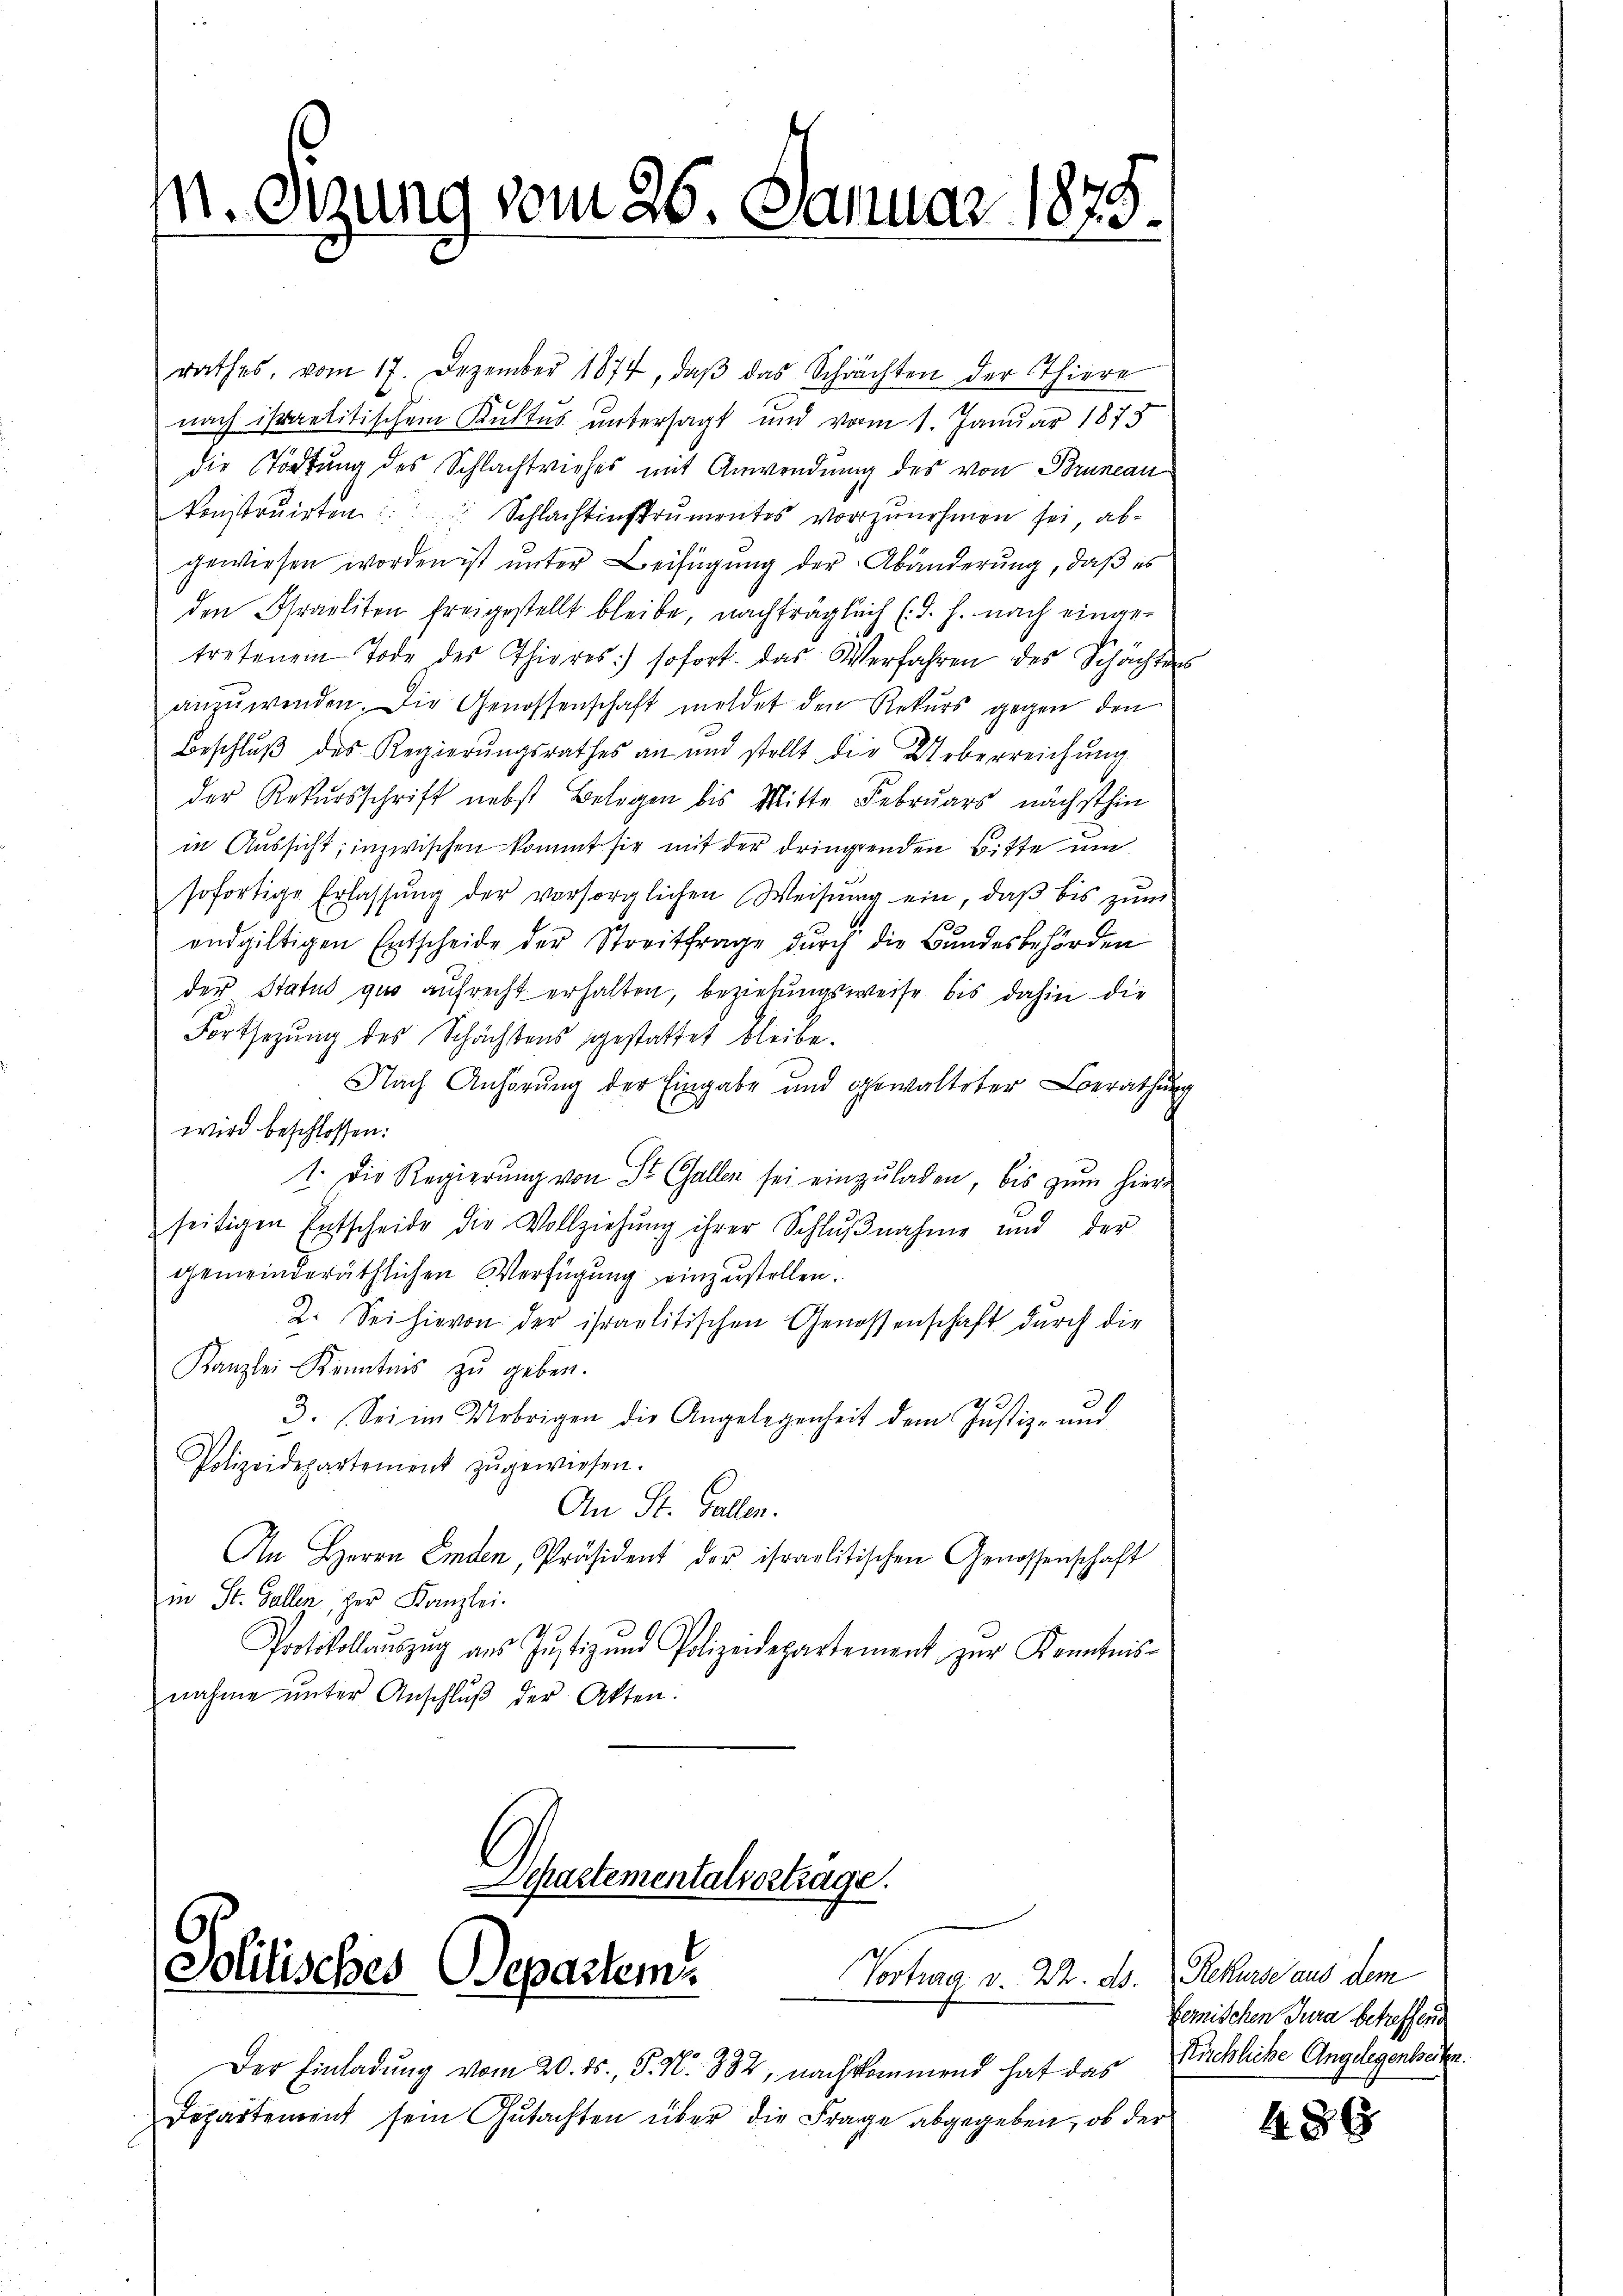
n. Sizung vom 26. Januar 1875.

Separtementalvortrage.
Solitisches Departem
Vortrag v. Dr. ds.

rathes, vom 17. Dezember 1874, daβ das Schrachten der Thiere
nach israelitischem Kultus untersagt und vom 1. Januar 1873
die Tödtung des Schlachtviehes mit Anwendung des von Bruneau
konstruirten: Schlachtinstrumentes vorzŭnehmen sei ab-
gewiesen worden ist unter Beifügung der Abänderung, daß es
den Israeliten freigestellt bleibe, nachträglich (d. h. nach eingetretenem Tode des Thieres sofort das Verfahren des Schächters
anzuwenden. Die Genossenschaft meldet den Rekurs gegen den
Beschluß des Regierungsrathes an und stellt die Ueberreichŭng
der Rekursschrift nebst Belegen bis Mitte Februars nächsthin
in Aussicht; inzwischen kommt sie mit der dringenden Bitte um
sofortige Erlassŭng der vorsorglichen Weisung ein, daβ bis zŭm
endgültigen Entscheide der Streitfrage durch die Bundesbehörden
der Status quo aufrecht erhalten, beziehungsweise bis dahin die
Fortsezung des Schächtens gestattet bleibe.
Nach Anhörung der Eingabe und gewalteter Berathung
wird beschlossen:
1. Die Regierŭng von St. Gallen sei einzŭladen, bis zŭm hier-
seitigen Entscheide die Vollziehŭng ihrer Schlŭβnahme und der
gemeinderäthlichen Verfügung einzustellen.
2. Sei hievon der ihraolitischen Genossenschaft durch die
Kanzlei Kenntnis zu geben.
3. Sei im Uebrigen die Angelegenheit dem Justiz- und
Polizeidepartement zŭgewiesen.
An St. Gallen.
An Herrn Emden, Präsident der israelitischen Genossenschaft
in St. Gallen, der Kanzlei.
Protokollaŭszŭg aŭs Jŭstiz und Polizeidepartement zur Kenntnis-
nahme unter Anschluß der Akten:

Der Einladung vom 20. ds., P. N. 882, nachkommend hat das
Departement sein Gutachten über die Frage abgegeben, ob der

Rekurse aus dem
gemischen Jura betreffend
Kuchliche Angelegenheiten.

486